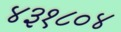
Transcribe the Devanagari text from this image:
४३१८०४